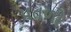
પતળો